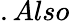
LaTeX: .Also